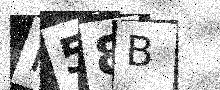
Text: P58B